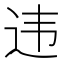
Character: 违